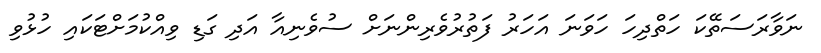
ނަވާރަސަތޭކަ ހަތްދިހަ ހަވަނަ އަހަރު ފަތުރުވެރިންނަށް ސުވެނިއާ އަދި ގަޑި ވިއްކުމަށްޓަކައި ހުޅުވި